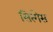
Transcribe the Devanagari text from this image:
सित्गेस